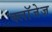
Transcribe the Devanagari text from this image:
क्लॉजेज़